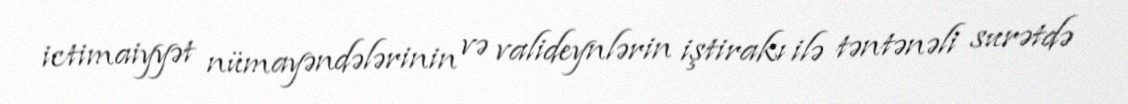
ictimaiyyət nümayəndələrinin və valideynlərin iştirakı ilə təntənəli surətdə